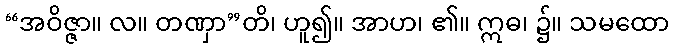
“အဝိဇ္ဇာ။ လ။ တဏှာ”တိ၊ ဟူ၍။ အာဟ၊ ၏။ ဣဓ၊ ၌။ သမထော